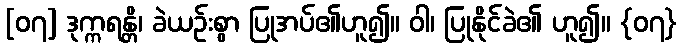
[၀၇] ဒုက္ကရန္တိ၊ ခဲယဉ်းစွာ ပြုအပ်၏ဟူ၍။ ဝါ၊ ပြုနိုင်ခဲ၏ ဟူ၍။ {၀၇}